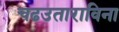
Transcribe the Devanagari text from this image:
चढउताराविना